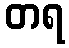
တရ